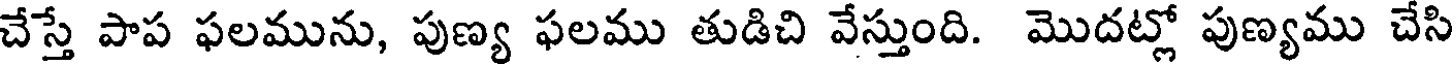
చేస్తే పాప ఫలమును, పుణ్య ఫలము తుడిచి వేస్తుంది. మొదట్లో పుణ్యము చేసి